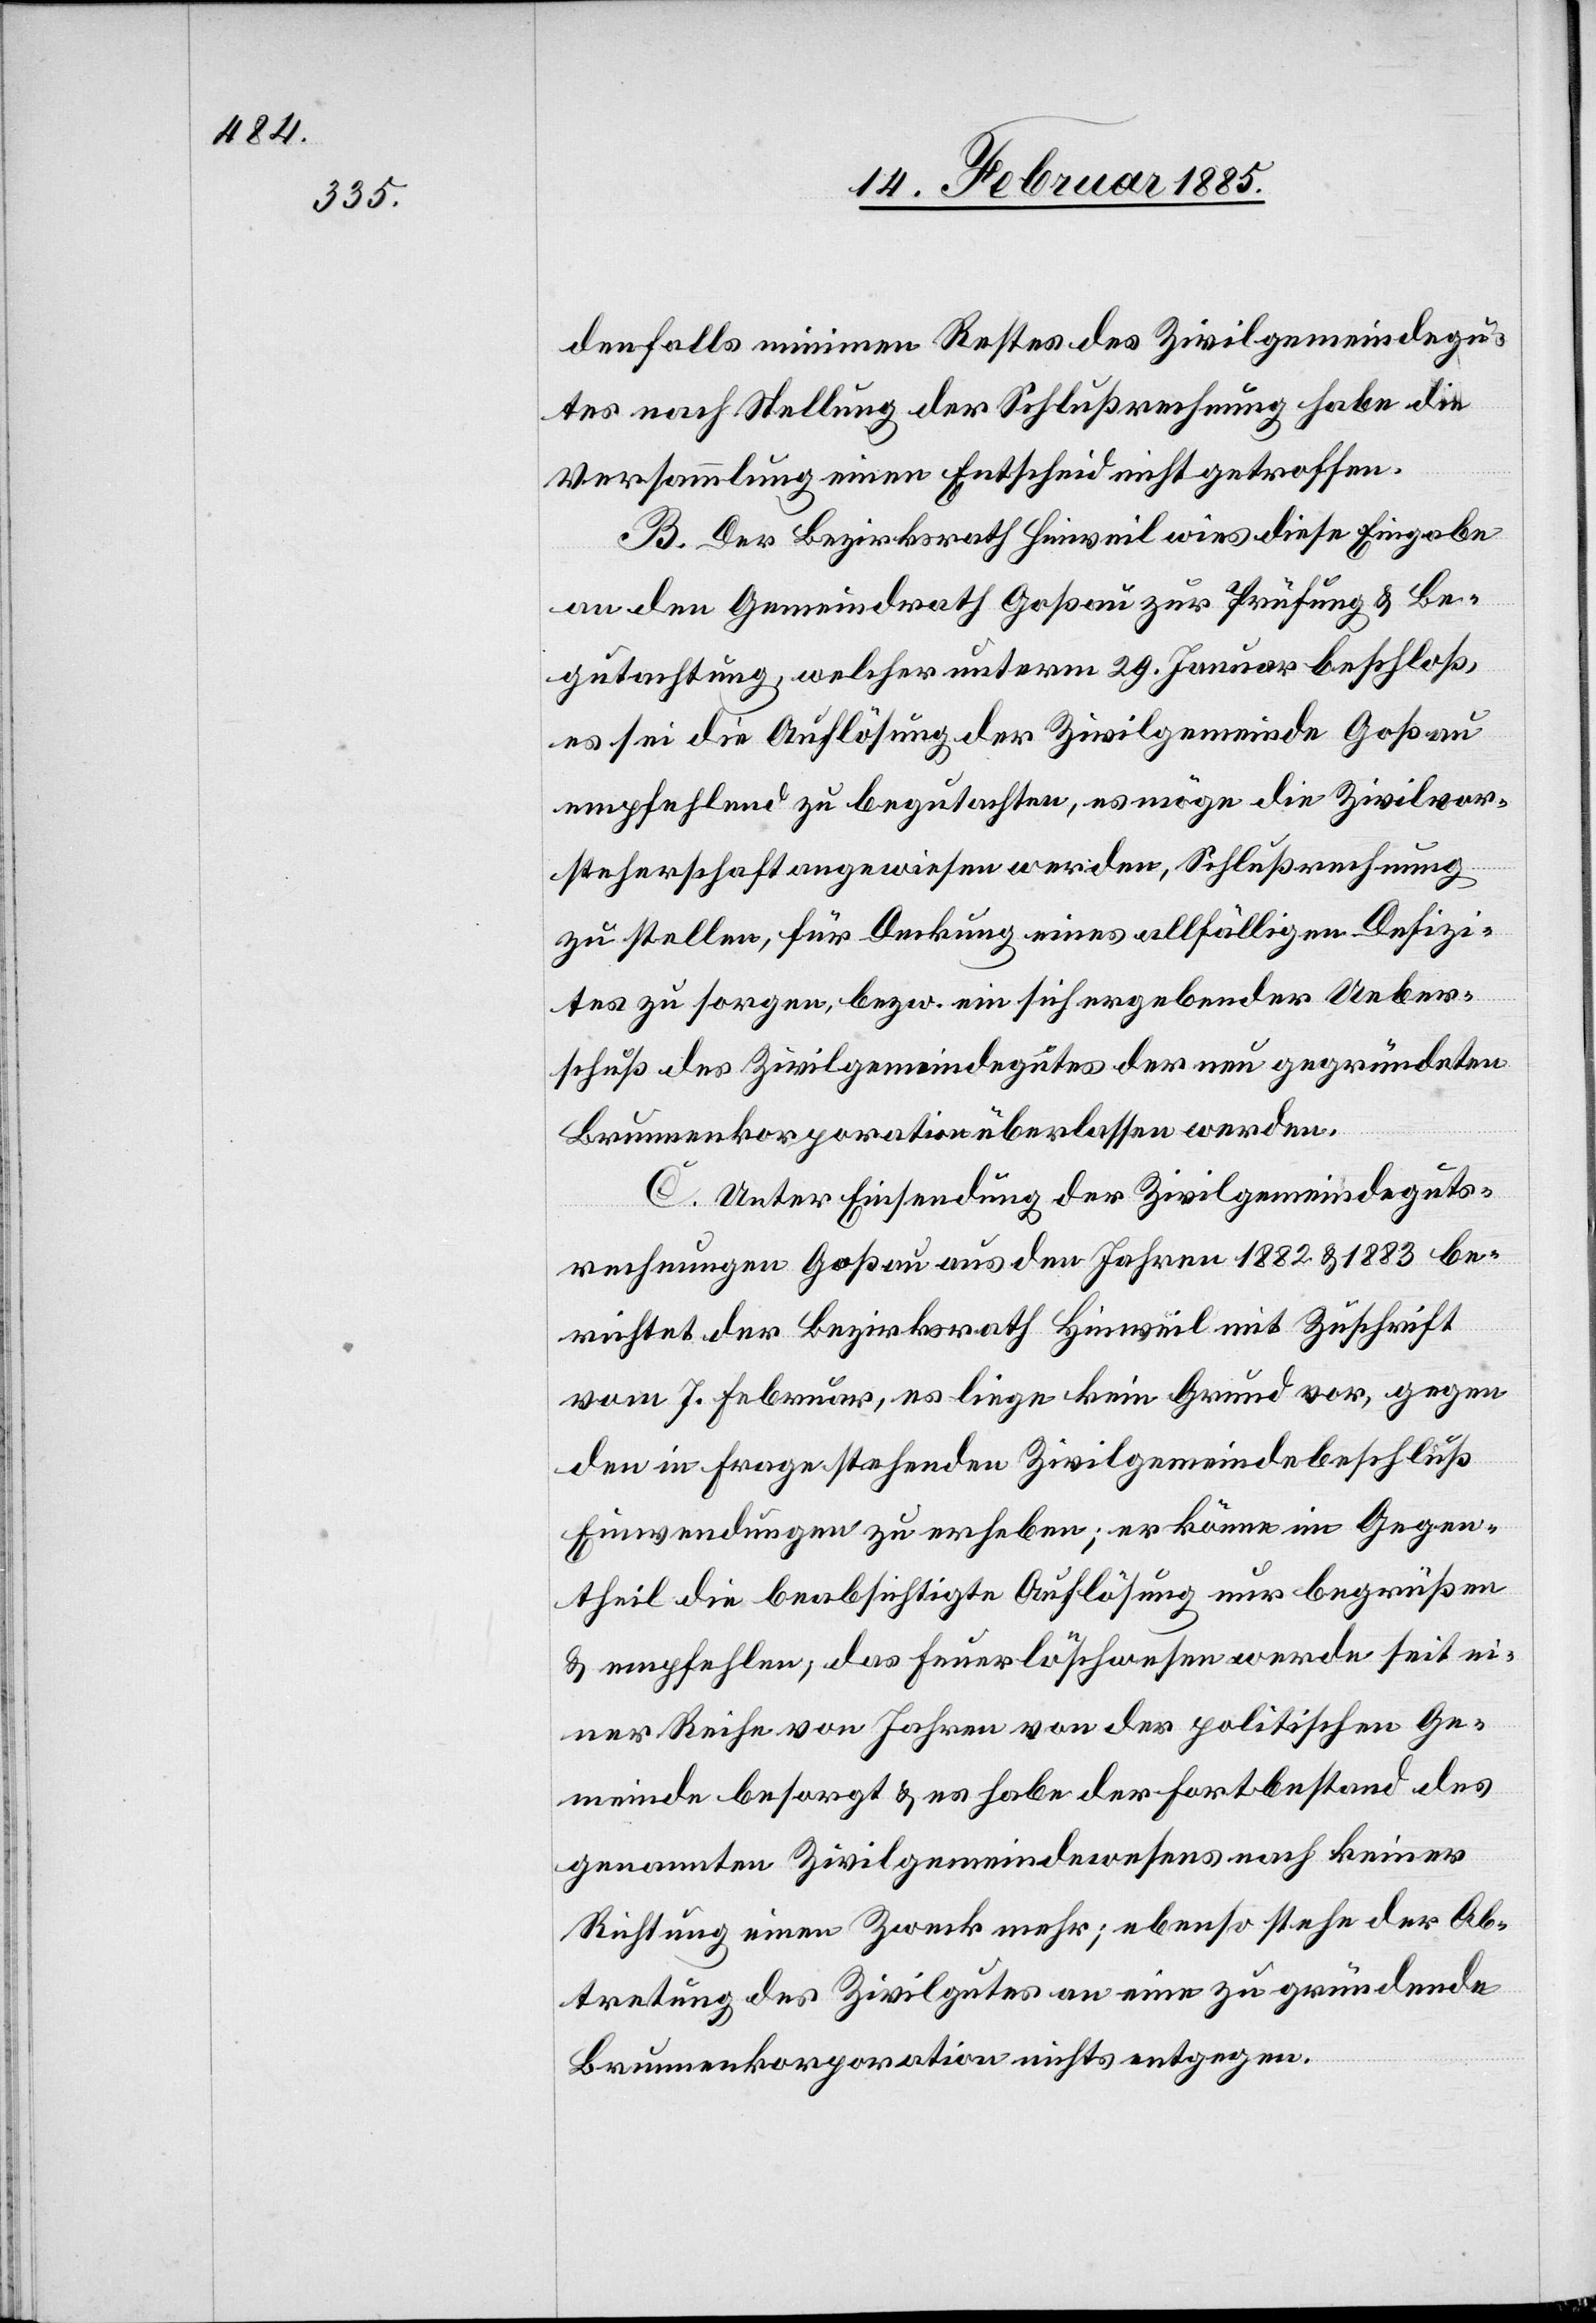
denfalls minimen Restes des Zivilgemeindegu¬
tes nach Stellung der Schlußrechnung habe die
Versammlung einen Entscheid nicht getroffen.
B. Der Bezirksrath Hinweil wies diese Eingabe
an den Gemeindrath Goßau zur Prüfung & Be¬
gutachtung, welcher unterm 29. Januar beschloß,
es sei die Auflösung der Zivilgemeinde Goßau
empfehlend zu begutachten, es möge die Zivilvor¬
steherschaft angewiesen werden, Schlußrechnung
zu stellen, für Deckung eines allfälligen Defizi¬
tes zu sorgen, bzw. ein sich ergebender Ueber¬
schuß des Zivilgemeindegutes der neu gegründeten
Brunnenkorporation überlassen werden.
C. Unter Einsendung der Zivilgemeindeguts¬
rechnungen Goßau aus den Jahren 1882 & 1883 be¬
richtet der Bezirksrath Hinweil mit Zuschrift
vom 7. Februar, es liege kein Grund vor, gegen
den in Frage stehenden Zivilgemeindebeschluß
Einwendungen zu erheben; er könne im Gegen¬
theil die beabsichtigte Auflösung nur begrüßen
& empfehlen, das Feuerlöschwesen werde seit ei¬
ner Reihe von Jahren von der politischen Ge¬
meinde besorgt & es habe der Fortbestand des
genannten Zivilgemeindewesens nach keiner
Richtung einen Zweck mehr; ebenso stehe der Ab¬
tretung des Zivilgutes an eine zu gründende
Brunnenkorporation nichts entgegen.